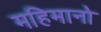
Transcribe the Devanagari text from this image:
महिमानो